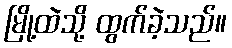
မြို့ထဲသို့ ထွက်ခဲ့သည်။